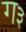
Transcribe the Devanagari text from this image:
ग३